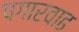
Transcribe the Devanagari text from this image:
पगारवाढ